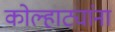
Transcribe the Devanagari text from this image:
कोल्हाट्यांना